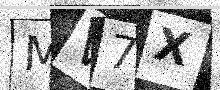
Text: MV7X